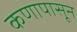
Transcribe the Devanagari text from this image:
कणापासून